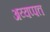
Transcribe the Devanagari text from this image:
अय्यप्पत्त